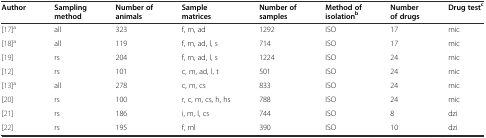
<table><thead><tr><td><b>Author</b></td><td><b>Sampling method</b></td><td><b>Number of animals</b></td><td><b>Sample matrices</b></td><td><b>Number of samples</b></td><td><b>Method of isolation<sup>b</sup></b></td><td><b>Number of drugs</b></td><td><b>Drug test<sup>c</sup></b></td></tr></thead><tbody><tr><td>[17]<sup>a</sup></td><td>all</td><td>323</td><td>f, m, ad</td><td>1292</td><td>ISO</td><td>17</td><td>mic</td></tr><tr><td>[18]<sup>a</sup></td><td>all</td><td>119</td><td>f, m, ad, l, s</td><td>714</td><td>ISO</td><td>17</td><td>mic</td></tr><tr><td>[19]</td><td>rs</td><td>204</td><td>f, m, ad, l, s</td><td>1224</td><td>ISO</td><td>24</td><td>mic</td></tr><tr><td>[12]</td><td>rs</td><td>101</td><td>c, m, ad, l, t</td><td>501</td><td>ISO</td><td>24</td><td>mic</td></tr><tr><td>[13]<sup>a</sup></td><td>all</td><td>278</td><td>c, m, cs</td><td>833</td><td>ISO</td><td>24</td><td>mic</td></tr><tr><td>[20]</td><td>rs</td><td>100</td><td>r, c, m, cs, h, hs</td><td>788</td><td>ISO</td><td>24</td><td>mic</td></tr><tr><td>[21]</td><td>rs</td><td>186</td><td>i, m, l, cs</td><td>744</td><td>ISO</td><td>8</td><td>dzi</td></tr><tr><td>[22]</td><td>rs</td><td>195</td><td>f, ml</td><td>390</td><td>ISO</td><td>10</td><td>dzi</td></tr></tbody></table>